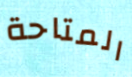
المتاحة